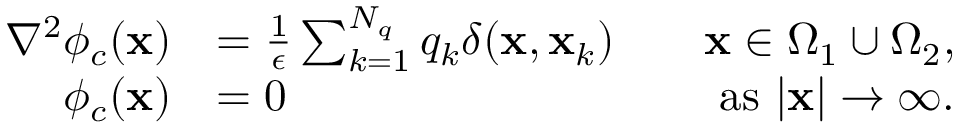
\begin{array} { r l r l } { \nabla ^ { 2 } \phi _ { c } ( \mathbf { x } ) } & { = \frac { 1 } { \epsilon } \sum _ { k = 1 } ^ { N _ { q } } q _ { k } \delta ( \mathbf { x } , \mathbf { x } _ { k } ) } & & { \mathbf { x } \in \Omega _ { 1 } \cup \Omega _ { 2 } , } \\ { \phi _ { c } ( \mathbf { x } ) } & { = 0 } & & { \mathrm { ~ a s ~ } | \mathbf { x } | \to \infty . } \end{array}